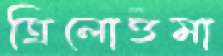
ত্রিলোত্তমা